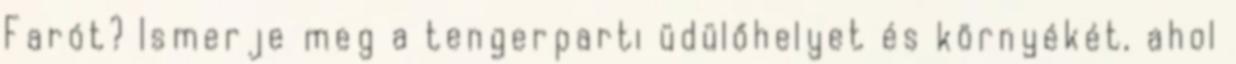
Farót? Ismerje meg a tengerparti üdülőhelyet és környékét, ahol